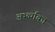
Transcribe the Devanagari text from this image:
अभ्व्यक्ति